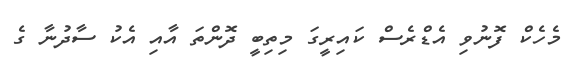
މެހެކް ފޮނުވި އެޑްރެސް ކައިރީގަ މިތިބީ ދޮންތަ އާއި އެކު ސާދުނާ ގެ